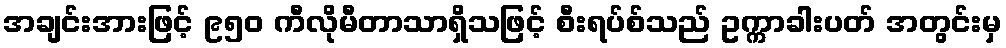
အချင်းအားဖြင့် ၉၅၀ ကီလိုမီတာသာရှိသဖြင့် စီးရပ်စ်သည် ဥက္ကာခါးပတ် အတွင်းမှ